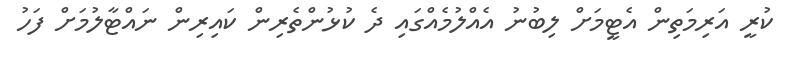
ކުރީ އަރިމަތިން އެޓީމަށް ލިބުނު އެއްލުމެއްގައި ދެ ކުޅުންތެރިން ކައިރިން ނައްޓާލުމަށް ފަހު